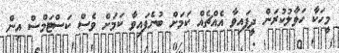
މީހަކާ ހަވާލުކުރަން ދީފައިވާ އެއްޗެއް ކަމަށް ބުނެފައިވާ ކަމަށް ވެސް ކަސްޓަމްސް އިން